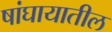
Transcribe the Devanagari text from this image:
षांघायातील